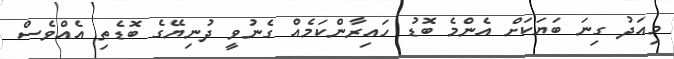
މިއަދު ގިނަ ބަޔަކަށް އެންމެ ބޮޑު ހައިރާންކަމެއް ގެނުވީ ދުނިޔޭގެ ބޮޑެތި އެއްވެސް